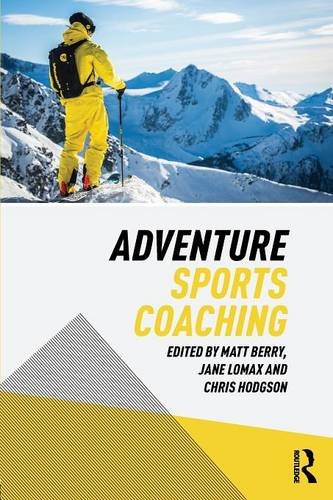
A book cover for Adventure Sports Coaching; Sports & Outdoors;